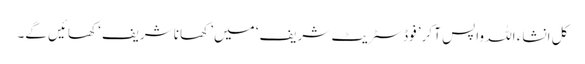
کل انشاء اللہ واپس آ کر’ فوڈ سٹریٹ شریف‘ میں’ کھانا شریف‘ کھائیں گے۔